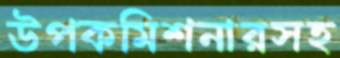
উপকমিশনারসহ